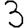
Digit: 3